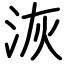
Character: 洃